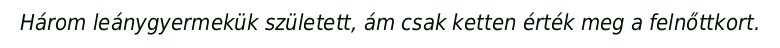
Három leánygyermekük született, ám csak ketten érték meg a felnőttkort.